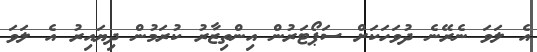
އެ ލަވަ ނެރޭނެ ދުވަހަކަށް ސަޕޯޓަރުން އިންތިޒާރު ކުރަމުން ދިޔައިރު އެ ލަވަ